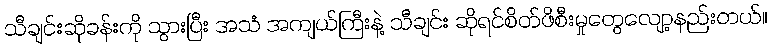
သီချင်းဆိုခန်းကို သွားပြီး အသံ အကျယ်ကြီးနဲ့ သီချင်း ဆိုရင်စိတ်ဖိစီးမှုတွေလျော့နည်းတယ်။